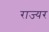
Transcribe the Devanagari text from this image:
राज्यर